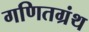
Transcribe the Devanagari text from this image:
गणितग्रंथ